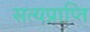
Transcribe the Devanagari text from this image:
सत्यप्राप्ति